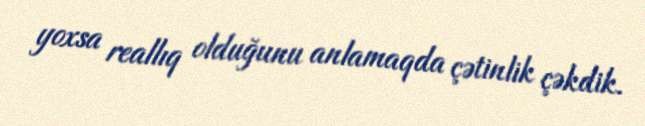
yoxsa reallıq olduğunu anlamaqda çətinlik çəkdik.